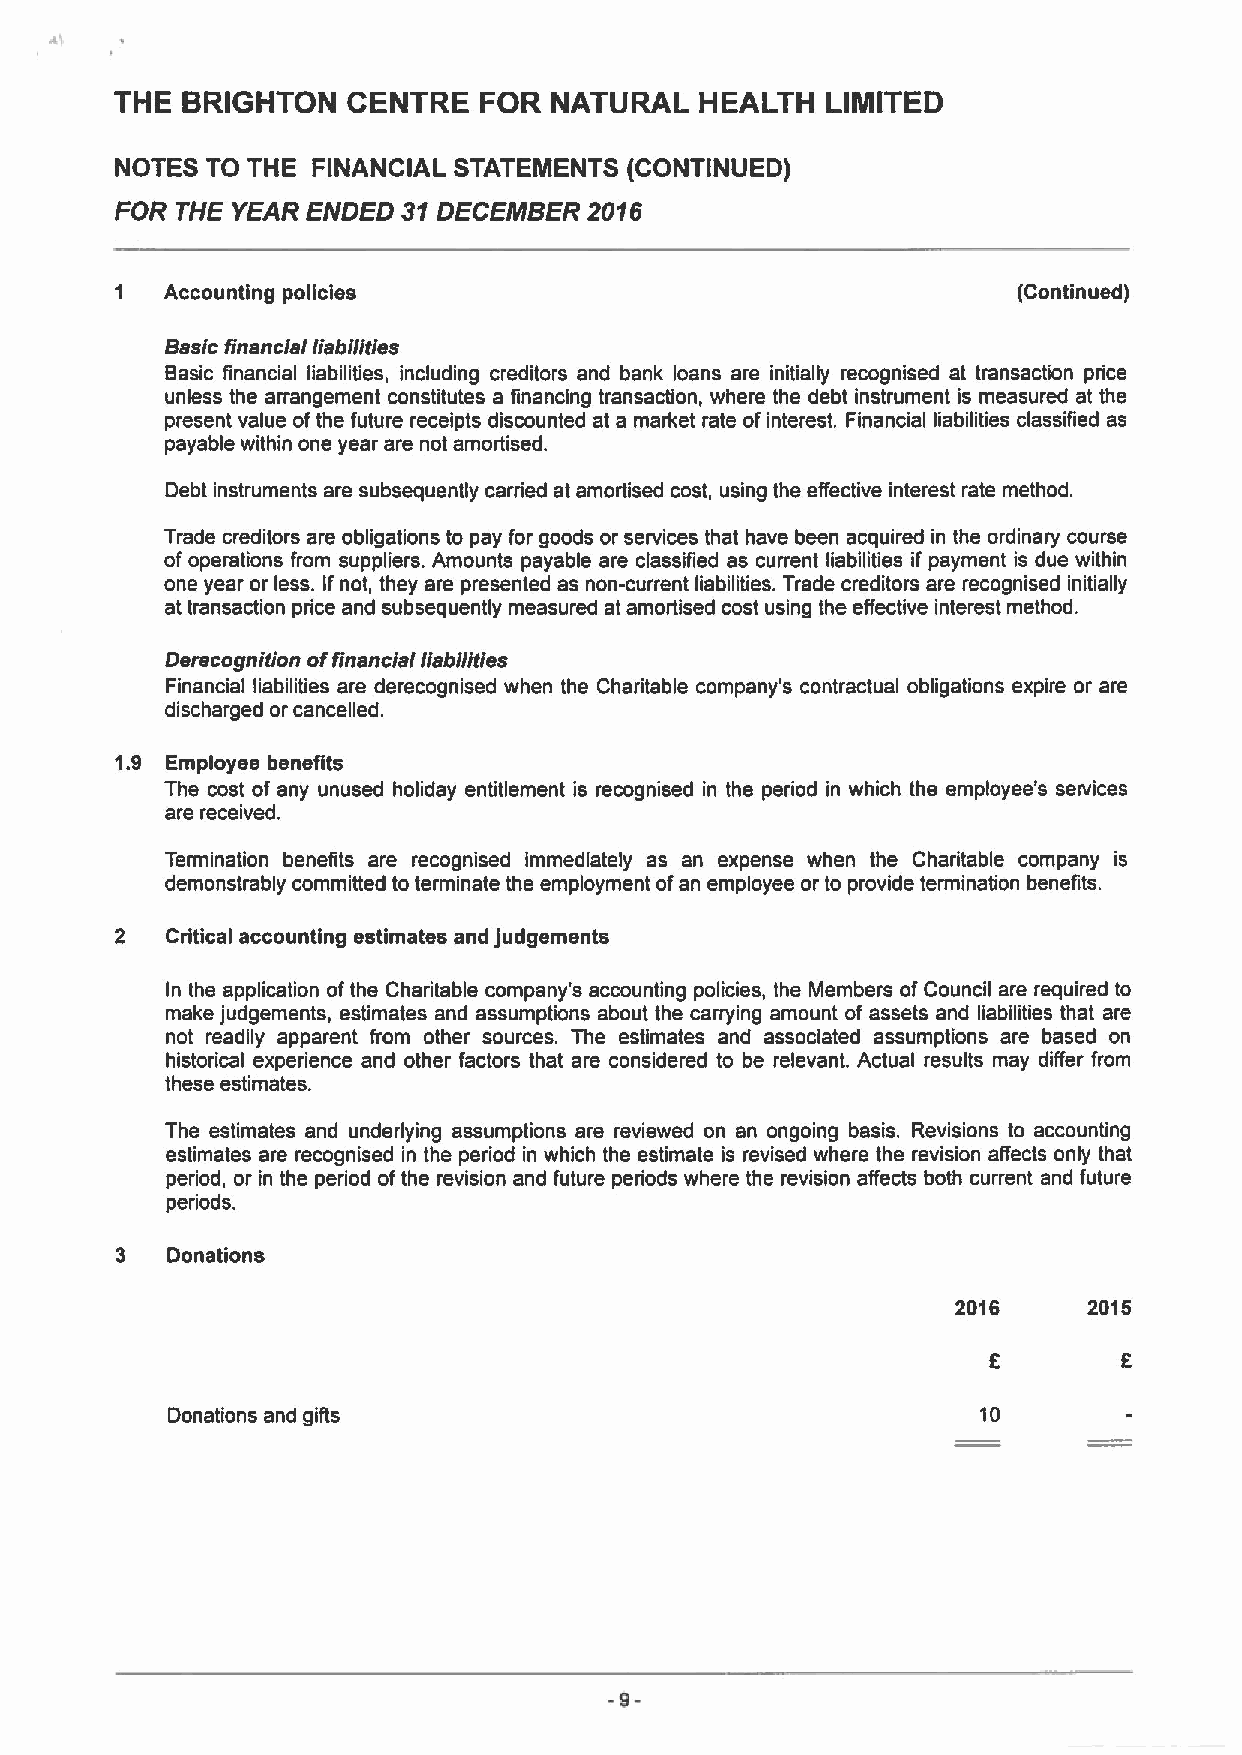
THE BRIGHTON   CENTRE   FOR NATURAL   HEALTH   LIMITED
 NOTES TO THE FINANCIAL STATEMENTS (CONTINUED)
 FOR THE YEAR ENDED 31DECEMBER  2016
 1  Accounting policies                                     (Continued)
 Basic financial liabilities
 Basic financial liabilities, including creditors and bank loans are initially recognised at transaction price
 unless the arrangement constitutes a financing transaction, where the debt instrument is measured at the
 present value ofthe future receipts discounted at a market rate of interest. Financial liabilities classified as
 payable within one year are not amortised.
 Debt instruments are subsequently canied at amortised cost, using the effective interest rate method.
 Trade creditors are obligations to pay for goods or services that have been acquired in the ordinary course
 ofoperations from suppliers. Amounts payable are classified as current liabilities if payment is due within
 one year or less. If not, they are presented as non-current liabilities. Trade creditors are recognised initially
 at transaction price and subsequently measured at amortised cost using the effective interest method.
 Derecognition offinancial liabilities
 Financial liabilities are derecognised when the Charitable company's contractual obligations expire or are
 discharged or cancelled.
 1.9 Employee benefits
 The cost of any unused holiday entitlement is recognised in the period in which the employee's services
 are received.
 Termination benefits are recognised immediately as an expense when the Charitable company is
 demonstrably committed to terminate the employment ofan employee or to provide termination benefits.
 2  Critical accounting estimates and judgements
 In the application ofthe Charitable company's accounting policies, the Members ofCouncil are required to
 make judgements, estimates and assumptions about the carrying amount of assets and liabilities that are
 not readily apparent from other sources. The estimates and associated assumptions are based on
 historical experience and other factors that are considered to be relevant. Actual results may differ from
 these estimates.
 The estimates and underlying assumptions are reviewed on an ongoing basis. Revisions to accounting
 estimates are recognised in the period in which the estimate is revised where the revision affects only that
 period, or in the period ofthe revision and future periods where the revision affects both current and future
 periods.
 3  Donations
 2016     2015
 Donations and gifts                                   10